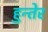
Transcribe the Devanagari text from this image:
हुन्तेर